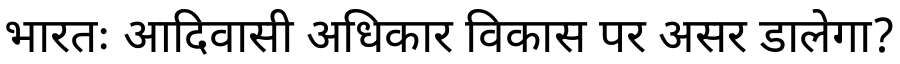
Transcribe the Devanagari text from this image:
भारतः आदिवासी अधिकार विकास पर असर डालेगा?